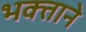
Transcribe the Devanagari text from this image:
भक्‍ताने